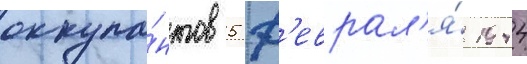
оккупа́нтов 5 ф'еврал'я́ 1944